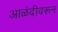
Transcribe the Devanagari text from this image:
आळंदीवरून